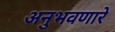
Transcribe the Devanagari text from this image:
अनुभवणारे